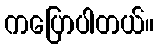
ကပြောပါတယ်။